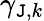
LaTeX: \gamma_{\mathtt{J},k}